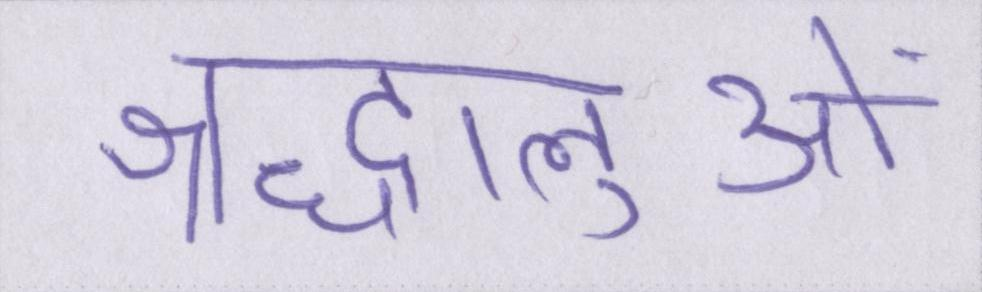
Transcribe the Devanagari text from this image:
श्रद्धालुओं